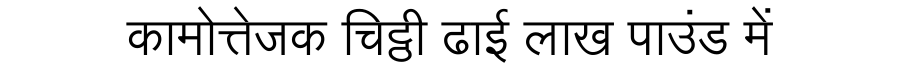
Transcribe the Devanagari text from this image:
कामोत्तेजक चिट्ठी ढाई लाख पाउंड में